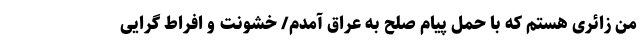
من زائری هستم که با حمل پیام صلح به عراق آمدم/ خشونت و افراط گرایی